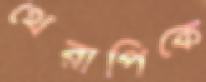
থেরাপিকে